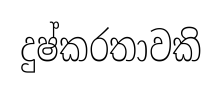
දුෂ්කරතාවකි